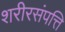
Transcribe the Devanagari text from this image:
शरीरसंपत्ति